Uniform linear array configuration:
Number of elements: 8
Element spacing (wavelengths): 0.5
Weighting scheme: binomial
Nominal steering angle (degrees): -15
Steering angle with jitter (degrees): -15.332
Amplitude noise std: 0.05
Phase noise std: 0.05

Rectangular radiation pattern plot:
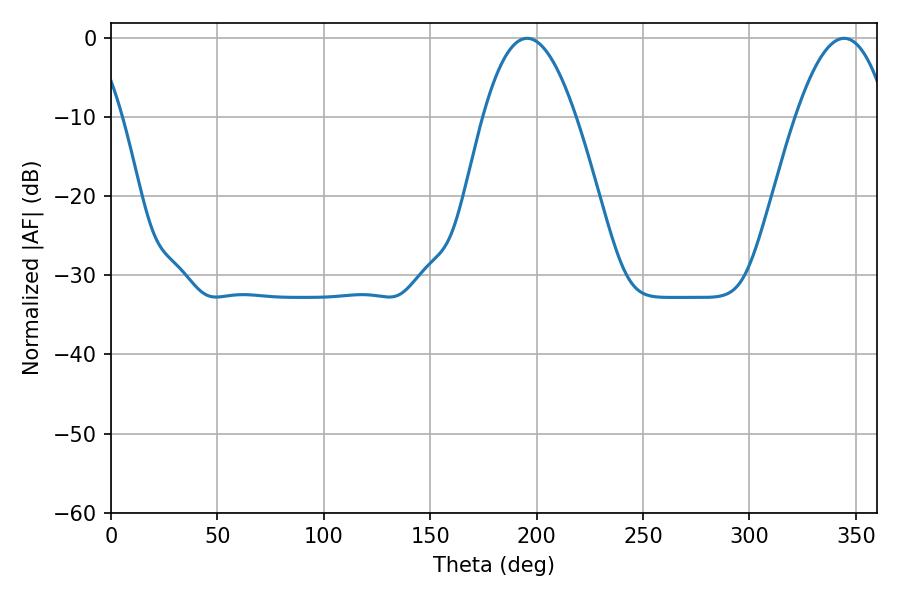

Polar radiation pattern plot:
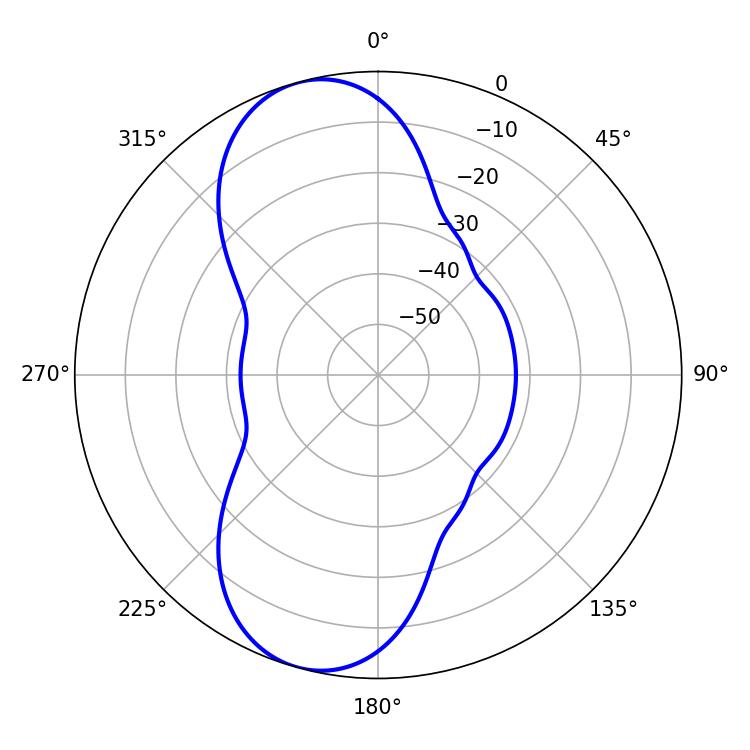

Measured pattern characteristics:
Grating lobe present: FALSE
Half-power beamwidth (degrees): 23.76
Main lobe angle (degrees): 195.48